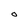
Character: O